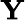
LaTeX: \mathbf{Y}